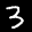
Label: 3